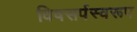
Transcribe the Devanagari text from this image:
विषसर्पस्वरूप